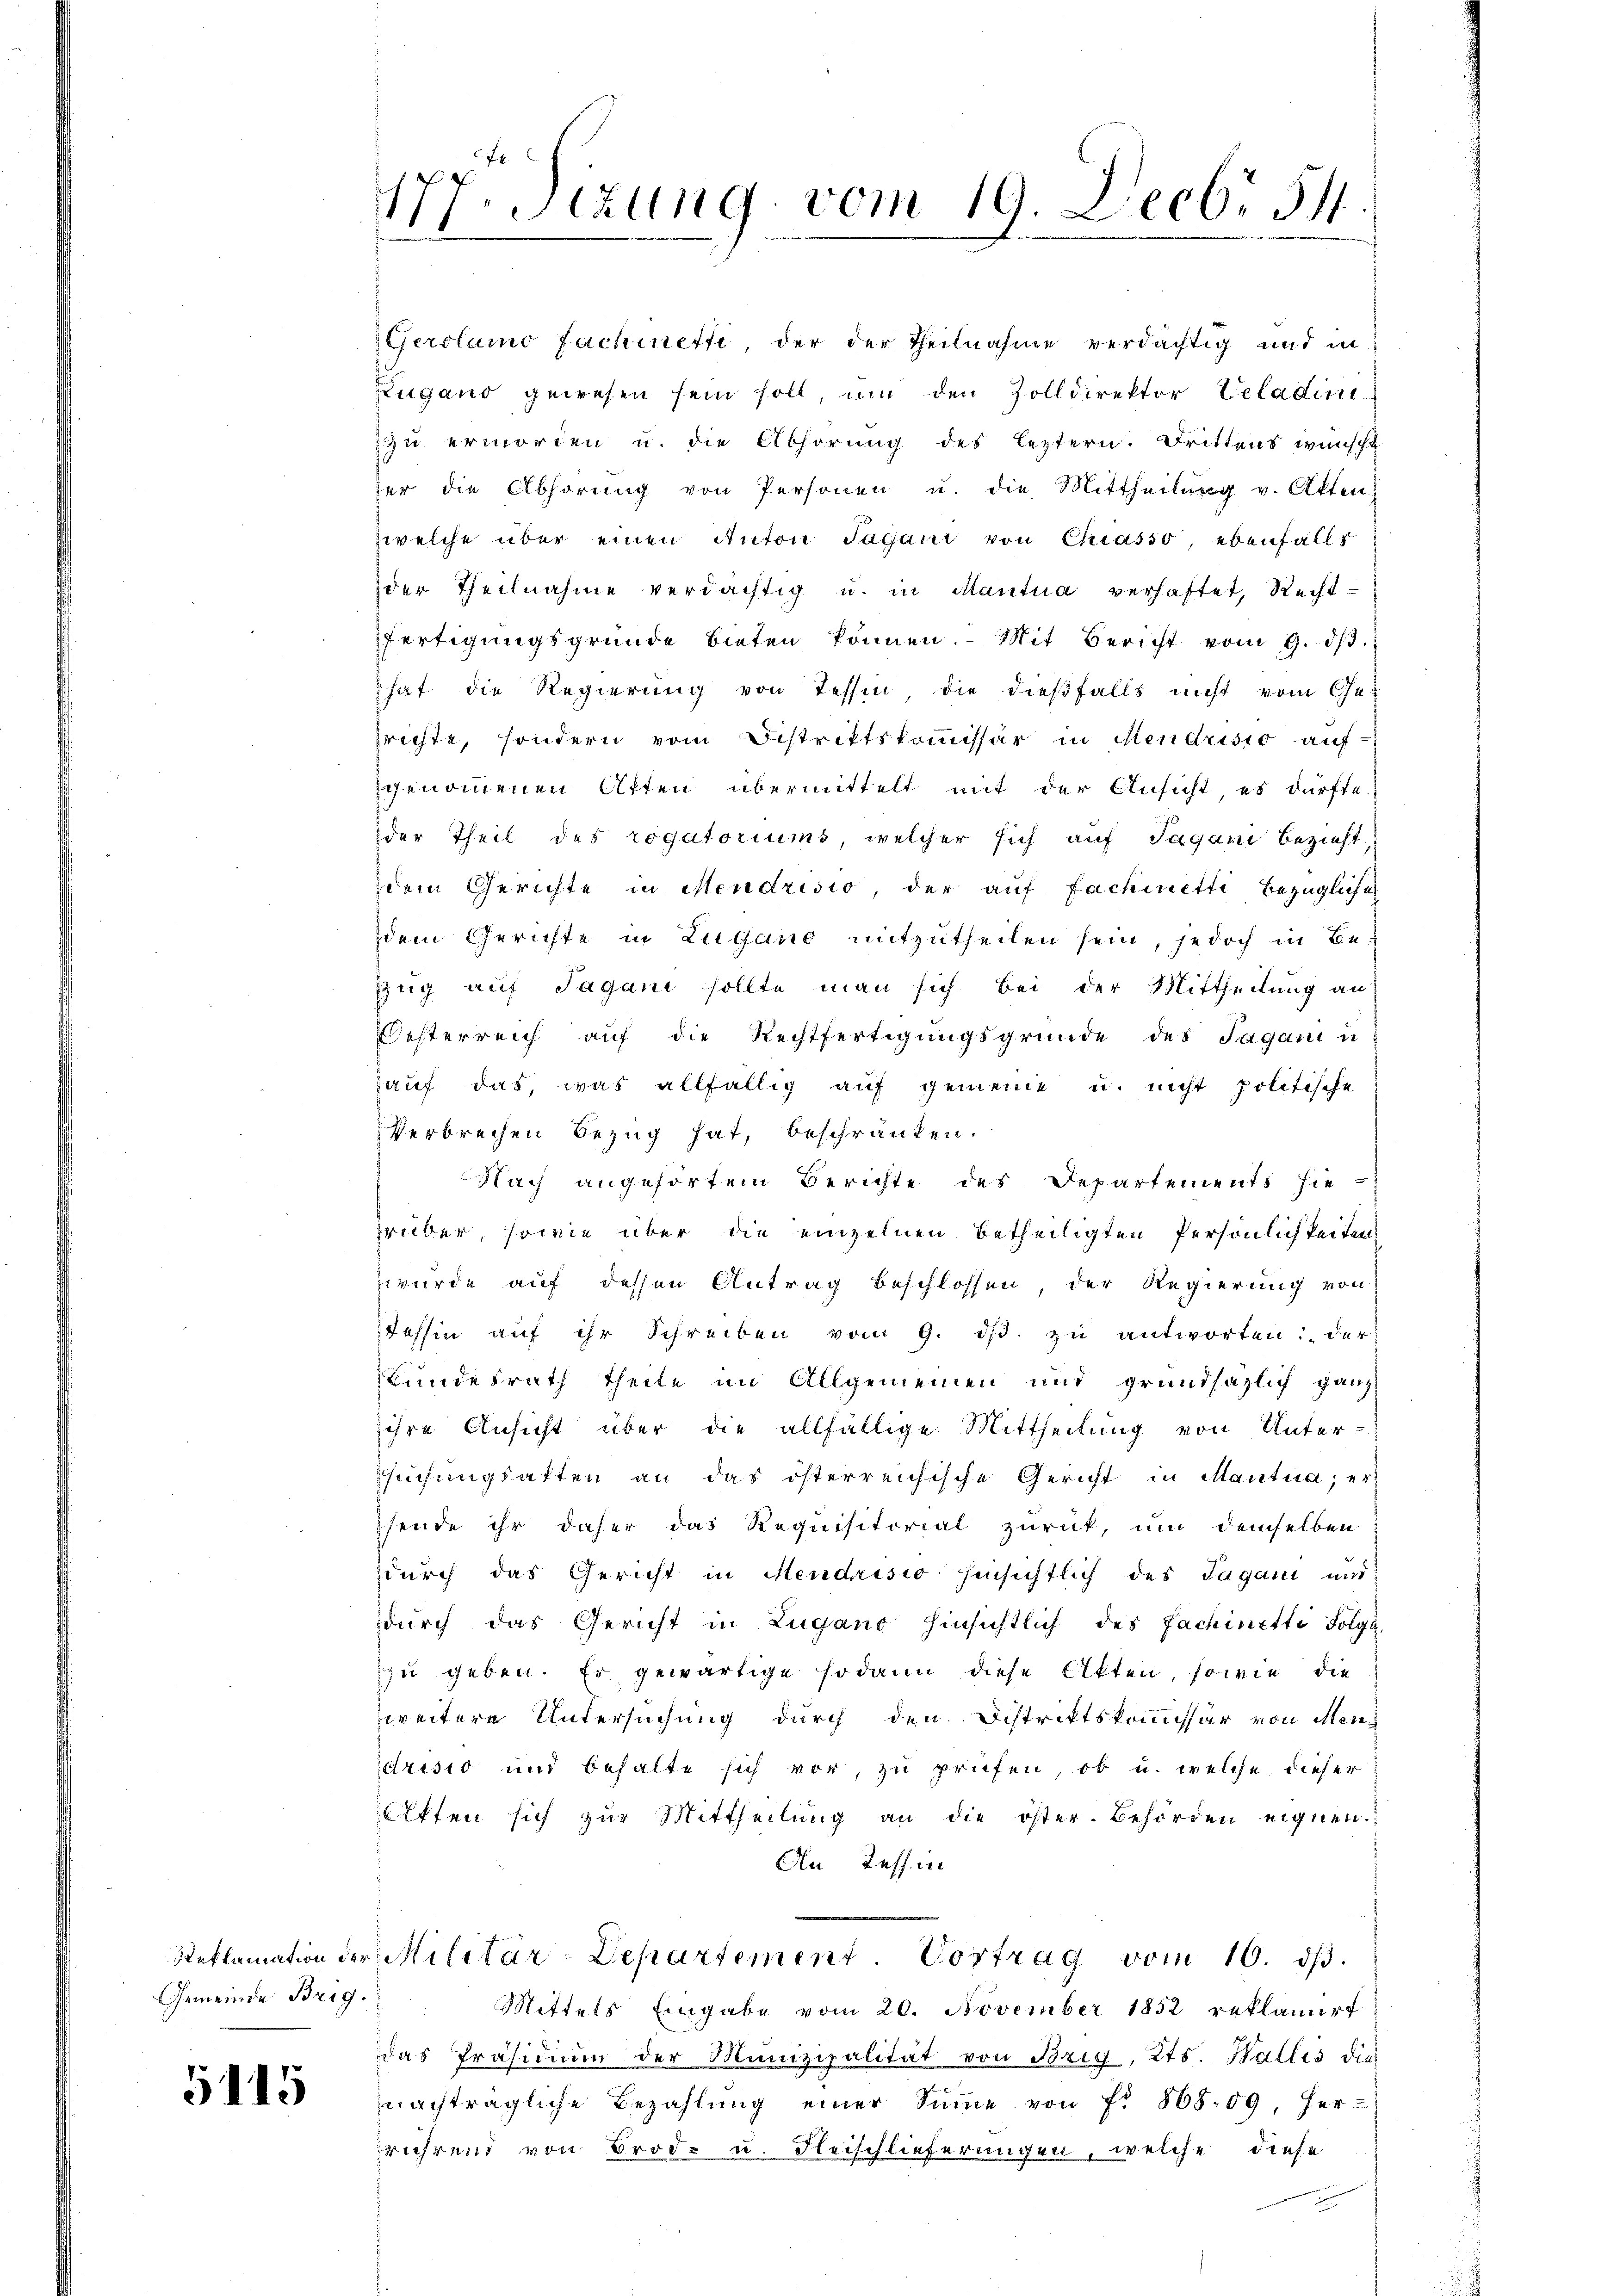
Gemeinde Brig.

5115

7
Sitzung vom 19. Decbr 54

Gerolamo Fachinetti der der Theilnahme verdächtig und in
Zugano gewesen sein soll, um den Zolldirektor Beladini
zu ermorden u. die Abhörung des leztern. Drittens wünscht
her die Abhörŭng von Personen u. die Mittheilŭng v. Akten
zwelche über einen Anton Sagani von Chiasso, ebenfalls
der Theilnahme verdächtig u. in Mantua verhaftet, Recht
fertigungsgründe bieten können. Mit Bericht vom 9. dβ.
hat die Regierung von Tessin die dießfalls nicht vom Ge-
srichte, sondern vom Distriktskommissär in Mendrisio auf
genommenen Atten übermittelt mit der Ansicht, es dürfte
der Theil des rogatoriums, welcher sich auf Tagani bezieht,
dem Gerichte in Mendrisio, der auf Fachmetti bezügliche
dem Gerichte in Lugano mitzutheilen sein, jedoch in Be-
Zug auf Jagani sollte man sich bei der Mittheilung an:
Oesterreich auf die Rechtfertigungsgründe des Sagani un
auf das, was allfällig auf gemeine u. nicht politische
Verbrechen Bezug hat, beschränken.
Nach angehörtem Berichte des Departements hie-
rüber, sowie über die einzelnen betheiligten Persönlichkeiten.
wurde auf dessen Antrag beschlossen, der Regierung von
Tessin aŭf ihr Schreiben vom 9. dβ zŭ antworten: „der
Bundesrath theile im Allgemeinen und grundsätzlich ganz
ihre Ansicht über die allfällige Mittheilung von Unter-
suchungsatten an das österreichische Gericht in Mantua; er
sende ihr daher das Requisitorial zurück, um demselben
durch das Gericht in Mendrisio hinsichtlich des Tagani und
durch das Gericht in Lugano hinsichtlich des Fachinette Folge
zu geben. Er gewärtige sodann diese Akten, so wie die
weitere Untersuchung durch den Distrittskommissär von Men-
drisis und behalte sich vor, zu prüfen, ob u. welche dieser
lften sich zŭr Mittheilŭng an die öster. Behörden eignen.
An Tessin
Reklamation der Militär-Departement. Vortrag vom 10. dβ.
Mittels Eingabe vom 20. November 1852 reklamirt
das Präsidium der Munizipalität von Brig, Kts. Wallis die
nachträgliche Bezahlung einer Sinne von Fr. 868.09, her-
rührend von Brode u. Fleischlieferungen, welche diese